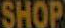
SHOP